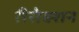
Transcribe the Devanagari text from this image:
रीसेक्शन